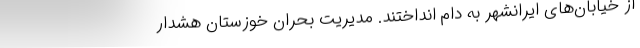
از خیابان‌های ایرانشهر به دام انداختند. مدیریت بحران خوزستان هشدار